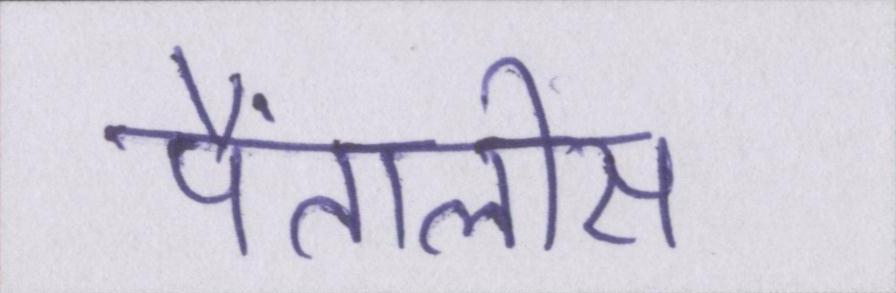
पैंतालीस